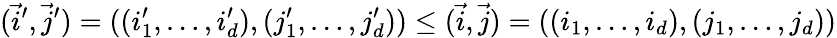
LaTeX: (\vec{i}^{\prime},\vec{j}^{\prime})=((i_{1}^{\prime},\dots,i_{d}^{\prime}),(j_{1}^{\prime},\dots,j_{d}^{\prime}))\leq(\vec{i},\vec{j})=((i_{1},\dots,i_{d}),(j_{1},\dots,j_{d}))